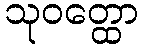
သုဝတ္ထော